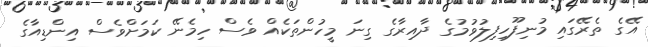
އޭގެ ތެރޭގައި މުނިފޫހިފިލުވުމުގެ ދާއިރާގެ ގިނަ މީހުންތަކެއް ވެސް ހިމެނޭ ކަމަށްވެސް އިންޑިއާގެ